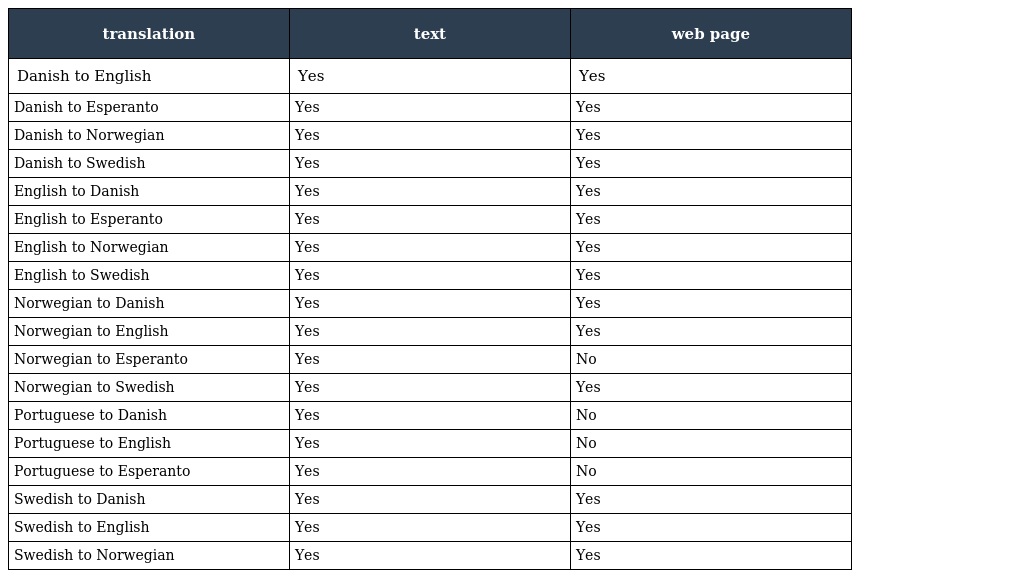
| translation | text | web page |
 | --- | --- | --- |
 | Danish to English | Yes | Yes |
 | Danish to Esperanto | Yes | Yes |
 | Danish to Norwegian | Yes | Yes |
 | Danish to Swedish | Yes | Yes |
 | English to Danish | Yes | Yes |
 | English to Esperanto | Yes | Yes |
 | English to Norwegian | Yes | Yes |
 | English to Swedish | Yes | Yes |
 | Norwegian to Danish | Yes | Yes |
 | Norwegian to English | Yes | Yes |
 | Norwegian to Esperanto | Yes | No |
 | Norwegian to Swedish | Yes | Yes |
 | Portuguese to Danish | Yes | No |
 | Portuguese to English | Yes | No |
 | Portuguese to Esperanto | Yes | No |
 | Swedish to Danish | Yes | Yes |
 | Swedish to English | Yes | Yes |
 | Swedish to Norwegian | Yes | Yes |